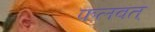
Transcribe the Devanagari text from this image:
फलवत्